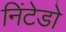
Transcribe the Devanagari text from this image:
निंटेडो